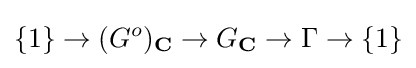
\{1\}\rightarrow (G^{o})_{\mathbf {C} }\rightarrow G_{\mathbf {C} }\rightarrow \Gamma \rightarrow \{1\}